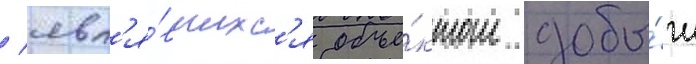
/ явл'я́вшихс'я объе́ктом добы́чи